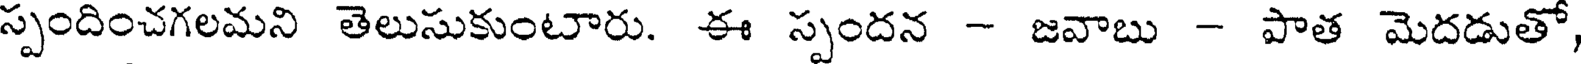
స్పందించగలమని తెలుసుకుంటారు. ఈ స్పందన - జవాబు - పాత మెదడుతో,